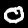
Label: 0